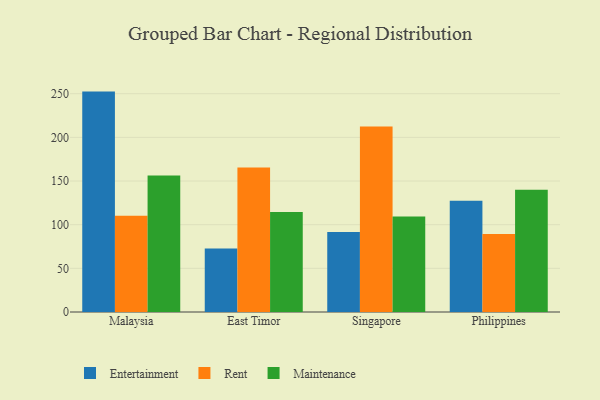
{"axis": {"x": "Country", "y": "Energy Usage (MWh)"}, "legend": ["Entertainment", "Maintenance", "Rent"], "data": [{"x": "Malaysia", "y": 252.4, "type": "Entertainment"}, {"x": "Malaysia", "y": 110.2, "type": "Rent"}, {"x": "Malaysia", "y": 156.3, "type": "Maintenance"}, {"x": "East Timor", "y": 72.8, "type": "Entertainment"}, {"x": "East Timor", "y": 165.6, "type": "Rent"}, {"x": "East Timor", "y": 114.5, "type": "Maintenance"}, {"x": "Singapore", "y": 91.6, "type": "Entertainment"}, {"x": "Singapore", "y": 212.3, "type": "Rent"}, {"x": "Singapore", "y": 109.4, "type": "Maintenance"}, {"x": "Philippines", "y": 127.3, "type": "Entertainment"}, {"x": "Philippines", "y": 89.4, "type": "Rent"}, {"x": "Philippines", "y": 140.0, "type": "Maintenance"}]}